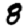
Digit: 8